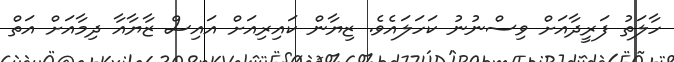
ހާލަތު ފަރީދާއަށް ވިސްނުނު ކަހަލައެވެ. ޒިޔާން ކައިރިއަށް އައިސް ޒާޔާއާ ދިމާއަށް އަތް